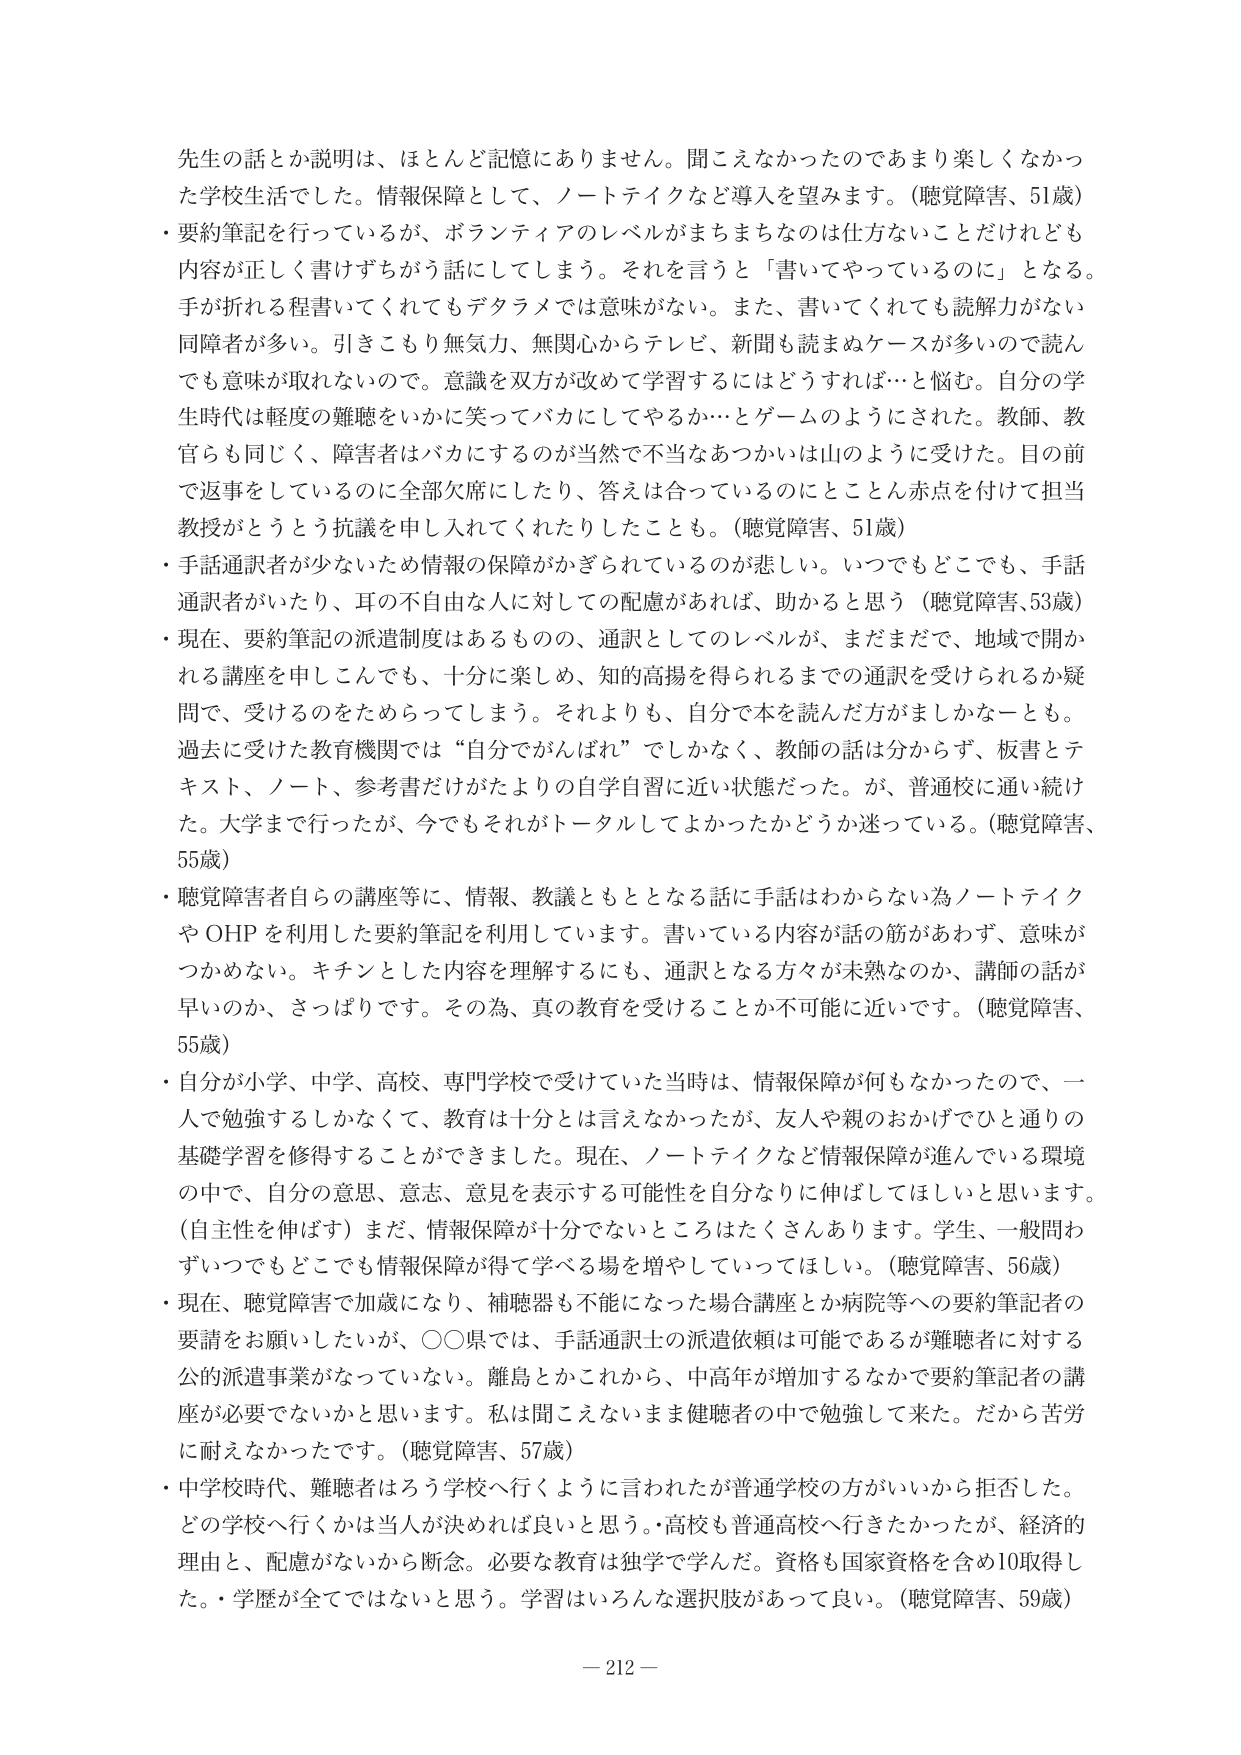
先生の話とか説明は、ほとんど記憶にありません。聞こえなかったのであまり楽しくなかった学校生活でした。情報保障として、ノートテイクなど導入を望みます。（聴覚障害、51歳）
・要約筆記を行っているが、ボランティアのレベルがまちまちなのは仕方ないことだけれども内容が正しく書けずちがう話にしてしまう。それを言うと「書いてやっているのに」となる。手が折れる程書いてくれてもデタラメでは意味がない。また、書いてくれても読解力がない同障者が多 い。引きこもり無気力、無関心からテレビ、新聞も読まぬケースが多いので読んでも意味が取れないので。意識を双方が改めて学習するにはどうすれば…と悩む。自分の学生時代は軽度の難聴をいかに笑ってバカにしてやるか…とゲームのようにされた。教師、教官らも同じく、障害者はバカにするのが当然で不当なあつかいは山のように受けた。目の前で返事をしているのに全部欠席にしたり、答えは合っているのにとことん赤点を付けて担当教授がとうとう抗議を申し入れてくれたりしたことも。（聴覚障害、51歳）
・手話通訳者が少ないため情報の保障がかぎられているのが悲しい。いつでもどこでも、手話通訳者がいたり、耳の不自由な人に対しての配慮があれば、助かると思う（聴覚障害、53歳）
・現在、要約筆記の派遣制度はあるものの、通訳としてのレベルが、まだまだで、地域で開かれる講座を申し込んでも、十分に楽しめ、知的高揚を得られるまでの通訳を受けられるか疑問で、受けるのをためらってしまう。それよりも、自分で本を読んだ方がましかなーとも。過去に受けた教育機関では“自分でがんばれ”でしかなく、教師の話は分からず、板書とテキスト、ノート、参考書だけがたよりの自学自習に近い状態だった。が、普通校に通い続けた。大学まで行ったが、今でもそれがトータルしてよかったかどうか迷っている。（聴覚障害、55歳）
・聴覚障害者自らの講座等に、情報、教議ともととなる話に手話はわからない為ノートテイクやOHPを利用した要約筆記を利用しています。書いている内容が話の筋があわず、意味がつかめない。キチンとした内容を理解するにも、通訳となる方々が未熟なのか、講師の話が早いのか、さっぱりです。その為、真の教育を受けることか不可能に近いです。（聴覚障害、55歳）
・自分が小学、中学、高校、専門学校で受けていた当時は、情報保障が何もなかったので、一人で勉強するしかなくて、教育は十分とは言えなかったが、友人や親のおかげでひと通りの基礎学習を修得することができました。現在、ノートテイクなど情報保障が進んでいる環境の中で、自分の意思、意志、意見を表示する可能性を自分なりに伸ばしてほしいと思います。（自主性を伸ばす）まだ、情報保障が十分でないところはたくさんあります。学生、一般問わずいつでもどこでも情報保障が得て学べる場を増やしていってほしい。（聴覚障害、56歳）
・現在、聴覚障害で加歳になり、補聴器も不能になった場合講座とか病院等への要約筆記者の要請をお願いしたいが、〇〇県では、手話通訳士の派遣依頼は可能であるが難聴者に対する公的派遣事業がなっていない。離島とかこれから、中高年が増加するなかで要約筆記者の講座が必要でないかと思います。私は聞こえないまま健聴者の中で勉強して来た。だから苦労に耐えなかったです。（聴覚障害、57歳）
・中学校時代、難聴者はろう学校へ行くように言われたが普通学校の方がいいから拒否した。どの学校へ行くかは当人が決めれば良いと思う。・高校も普通高校へ行きたかったが、経済的理由と、配慮がないから断念。必要な教育は独学で学んだ。資格も国家資格を含め10取得した。・学歴が全てではないと思う。学習はいろんな選択肢があって良い。（聴覚障害、59歳）
－212－